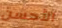
الأحسن